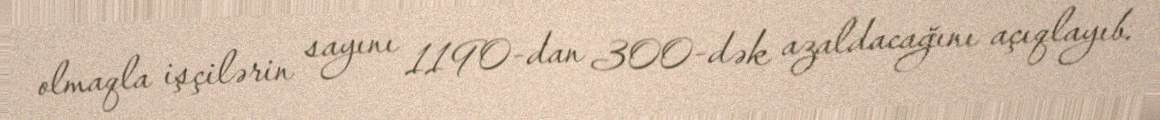
olmaqla işçilərin sayını 1190-dan 300-dək azaldacağını açıqlayıb.